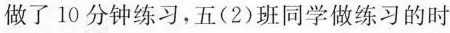
做了10分钟练习，五(2)班同学做练习的时